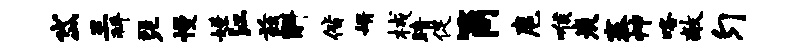
岱三拜琵慢嫌江兹斛偕婿械睛促筒扈喉炭寨神咯敞匀